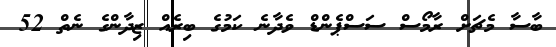
ބާސާ މެޗަށް ރާމޯސް ސަސްޕެންޑް ވެދާނެ ކަމުގެ ބިރެއް ޒިދާންގެ ނެތް 52